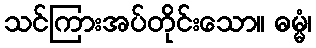
သင်ကြားအပ်တိုင်းသော။ ဓမ္မံ၊